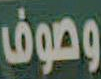
وصوف